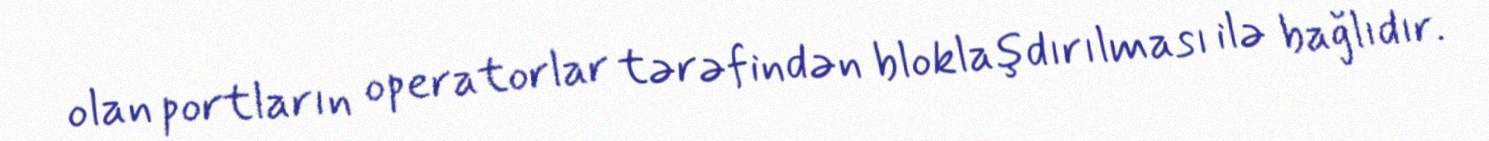
olan portların operatorlar tərəfindən bloklaşdırılması ilə bağlıdır.